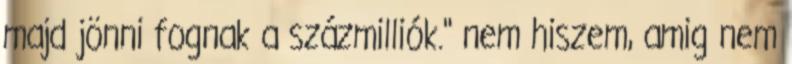
majd jönni fognak a százmilliók." nem hiszem, amig nem